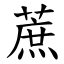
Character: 蔗